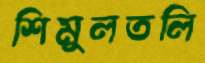
শিমুলতলি